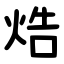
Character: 焅